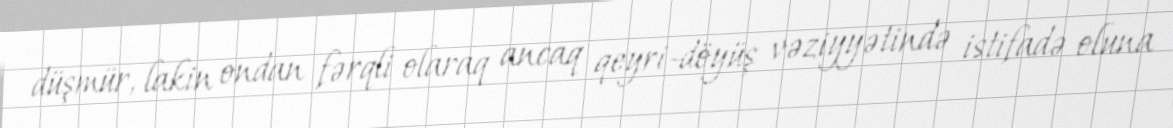
düşmür, lakin ondan fərqli olaraq ancaq qeyri-döyüş vəziyyətində istifadə oluna